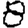
Digit: 8